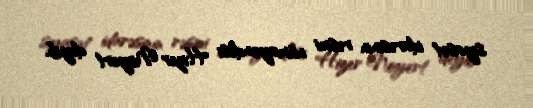
siyasət idarəsinin rəsmi nümayəndəsi Hizer Noyert deyib.